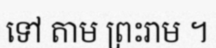
ទៅ តាម ព្រះរាម ។